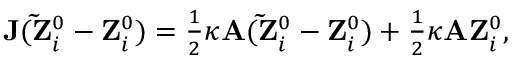
\begin{array} { r } { { \bf J } ( { \bf \tilde { Z } } _ { i } ^ { 0 } - { \bf Z } _ { i } ^ { 0 } ) = \frac { 1 } { 2 } \kappa { \bf A } ( { \bf \tilde { Z } } _ { i } ^ { 0 } - { \bf Z } _ { i } ^ { 0 } ) + \frac { 1 } { 2 } \kappa { \bf A } { \bf Z } _ { i } ^ { 0 } , } \end{array}